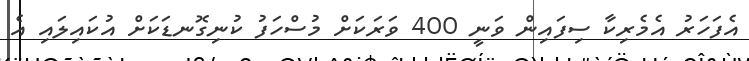
އެފަހަރު އެމެރިކާ ސިފައިން ވަނީ 400 ވަރަކަށް މުސްހަފު ކުނިގޮނޑަކަށް އުކައިލައި އެ